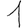
Digit: 1